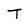
Character: T